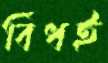
বিঁধই